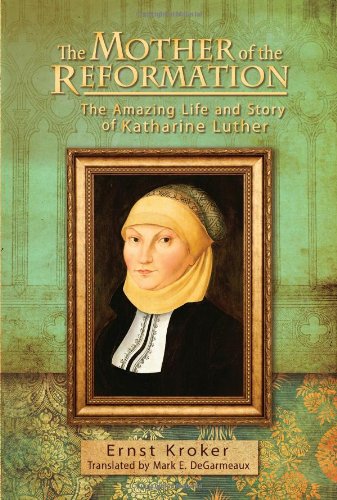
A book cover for The Mother of the Reformation: The Amazing Life and Story of Katharine Luther; Ernst Kroker; Christian Books & Bibles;